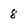
Character: 8